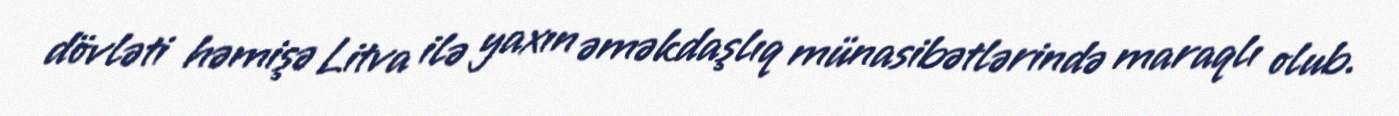
dövləti həmişə Litva ilə yaxın əməkdaşlıq münasibətlərində maraqlı olub.